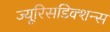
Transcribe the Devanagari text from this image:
ज्यूरिसडिक्शन्स